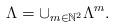
LaTeX: \begin{align*}\Lambda = \cup_{m\in \mathbb{N}^2} \Lambda^m. \end{align*}